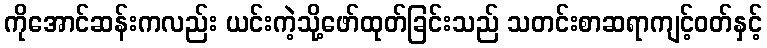
ကိုအောင်ဆန်းကလည်း ယင်းကဲ့သို့ဖော်ထုတ်ခြင်းသည် သတင်းစာဆရာကျင့်ဝတ်နှင့်